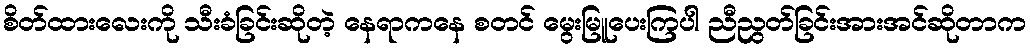
စိတ်ထားလေးကို သီးခံခြင်းဆိုတဲ့ နေရာကနေ စတင် မွေးမြူပေးကြပါ ညီညွတ်ခြင်းအားအင်ဆိုတာက